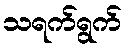
သရက်ရွက်